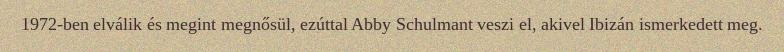
1972-ben elválik és megint megnősül, ezúttal Abby Schulmant veszi el, akivel Ibizán ismerkedett meg.